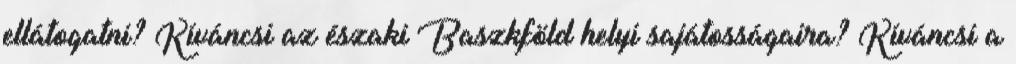
ellátogatni? Kíváncsi az északi Baszkföld helyi sajátosságaira? Kíváncsi a